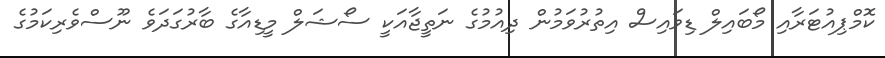
ކޮމްޕިއުޓަރާއި މޯބައިލް ޑިވައިސް އިތުރުވަމުން ދިއުމުގެ ނަތީޖާއަކީ ސޯޝަލް މީޑިއާގެ ބާރުގަދަވެ ނޫސްވެރިކަމުގެ